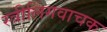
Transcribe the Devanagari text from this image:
स्त्रीलिंगवाचक